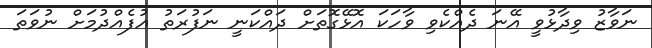
ނަވާޒު ވިދާޅުވީ އޭނަ ދެއްކެވި ވާހަކަ އޮޅޭގޮތަށް ދައްކަނީ ނަފުރަތު އުފެއްދުމަށް ނުވަތަ